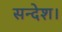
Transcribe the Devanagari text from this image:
सन्देश।